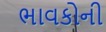
ભાવકોની